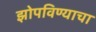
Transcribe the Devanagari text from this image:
झोपविण्याचा